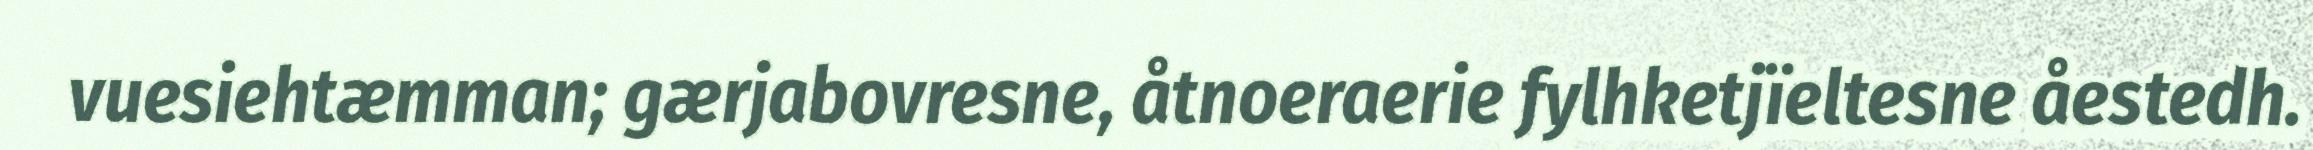
vuesiehtæmman; gærjabovresne, åtnoeraerie fylhketjïeltesne åestedh.